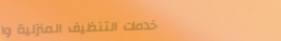
خدمات التنظيف المنزلية وا